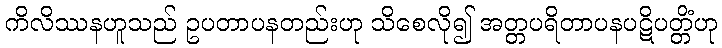
ကိလိဿနဟူသည် ဥပတာပနတည်းဟု သိစေလို၍ အတ္တပရိတာပနပဋိပတ္တိံဟု